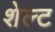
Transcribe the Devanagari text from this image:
शेल्ट